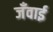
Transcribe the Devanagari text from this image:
जँवाई